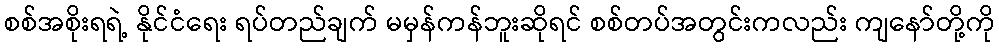
စစ်အစိုးရရဲ့ နိုင်ငံရေး ရပ်တည်ချက် မမှန်ကန်ဘူးဆိုရင် စစ်တပ်အတွင်းကလည်း ကျနော်တို့ကို